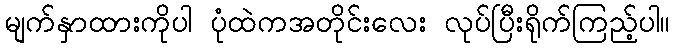
မျက်နှာထားကိုပါ ပုံထဲကအတိုင်းလေး လုပ်ပြီးရိုက်ကြည့်ပါ။